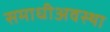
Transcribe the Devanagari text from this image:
समाधीअवस्था